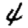
Digit: 4